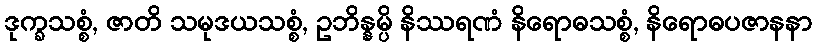
ဒုက္ခသစ္စံ, ဇာတိ သမုဒယသစ္စံ, ဥဘိန္နမ္ပိ နိဿရဏံ နိရောဓသစ္စံ, နိရောဓပဇာနနာ